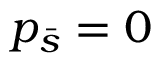
p _ { \bar { s } } = 0